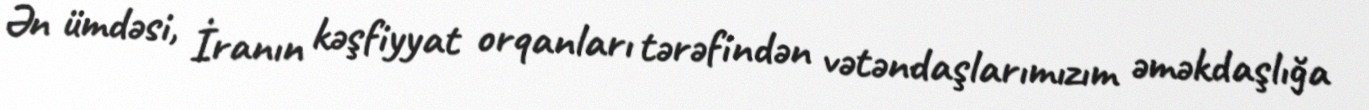
Ən ümdəsi, İranın kəşfiyyat orqanları tərəfindən vətəndaşlarımızım əməkdaşlığa